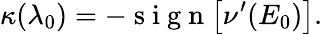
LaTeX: \kappa(\lambda_{0})=-\mathrm{~s~i~g~n~}\big[\nu^{\prime}(E_{0})\big].